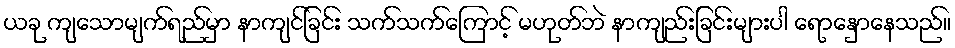
ယခု ကျသောမျက်ရည်မှာ နာကျင်ခြင်း သက်သက်ကြောင့် မဟုတ်ဘဲ နာကျည်းခြင်းများပါ ရောနှောနေသည်။